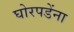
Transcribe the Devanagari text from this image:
घोरपडेंना